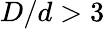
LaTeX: D/d>3